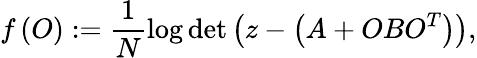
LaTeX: f\left(O\right):=\frac{1}{N}\log\operatorname*{det}\left(z-\left(A+OBO^{T}\right)\right),